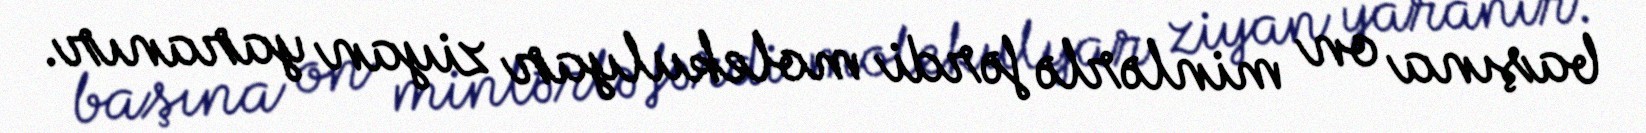
başına on minlərlə fərdi molekulyar ziyan yaranır.